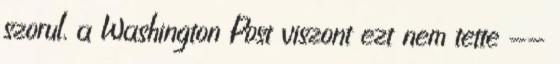
szorul, a Washington Post viszont ezt nem tette --